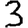
Digit: 3